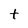
Character: t